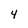
Character: 4